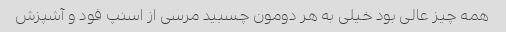
همه چیز عالی بود خیلی به هر دومون چسبید مرسی از اسنپ فود و آشپزش